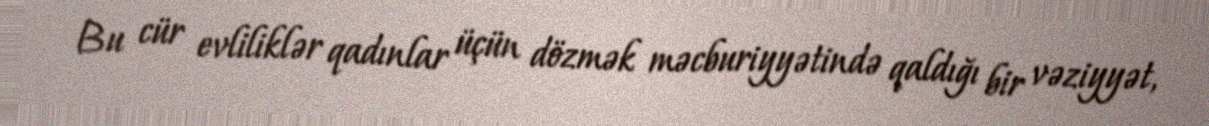
Bu cür evliliklər qadınlar üçün dözmək məcburiyyətində qaldığı bir vəziyyət,